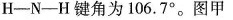
H-N-H键角为106.7°。图甲